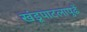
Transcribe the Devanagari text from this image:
खंडूपाटलापुढें